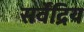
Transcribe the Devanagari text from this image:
सर्वेंद्रिय